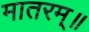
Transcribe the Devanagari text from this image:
मातरम्॥